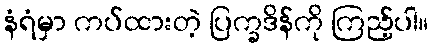
နံရံမှာ ကပ်ထားတဲ့ ပြက္ခဒိန်ကို ကြည့်ပါ။